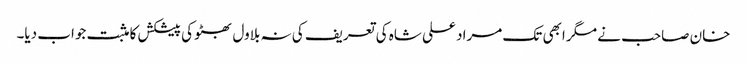
خان صاحب نے مگر ابھی تک مراد علی شاہ کی تعریف کی نہ بلاول بھٹو کی پیشکش کا مثبت جواب دیا۔